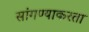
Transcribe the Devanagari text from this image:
सांगण्याकरता